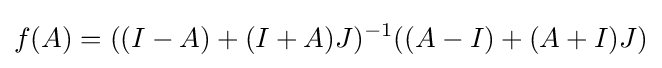
f(A)=((I-A)+(I+A)J)^{-1}((A-I)+(A+I)J)